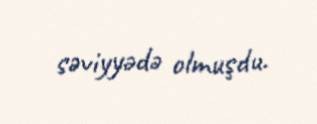
səviyyədə olmuşdu.